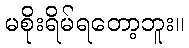
မစိုးရိမ်ရတော့ဘူး။